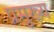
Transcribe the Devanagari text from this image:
प्रमुख्‍य